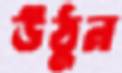
উঠুন